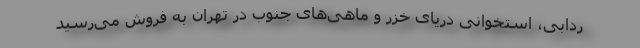
ردابی، استخوانی دریای خزر و ماهی‌های جنوب در تهران به فروش می‌رسید